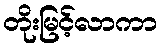
တိုးမြင့်လာကာ